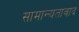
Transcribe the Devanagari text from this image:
सामान्यतावाद